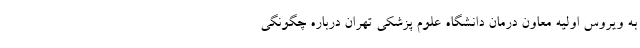
به ویروس اولیه معاون درمان دانشگاه علوم پزشکی تهران درباره چگونگی